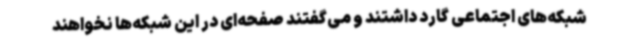
شبکه‌های اجتماعی گارد داشتند و می‌گفتند صفحه‌ای در این شبکه‌ها نخواهند